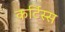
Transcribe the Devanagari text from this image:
कर्टिस्स